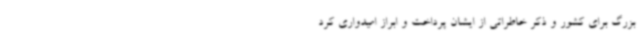
بزرگ برای کشور و ذکر خاطراتی از ایشان پرداخت و ابراز امیدواری کرد